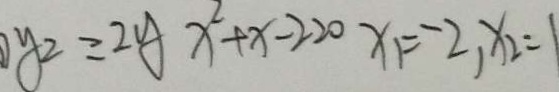
y _ { 2 } = 2 y x ^ { 2 } + x - 2 2 0 x _ { 1 } = - 2 , x _ { 2 } = 1